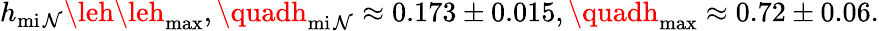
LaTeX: h_{\operatorname*{mi\mathcal{N}}}\leh\leh_{\operatorname*{max}},\quadh_{\operatorname*{mi\mathcal{N}}}\approx0.173\pm0.015,\quadh_{\operatorname*{max}}\approx0.72\pm0.06.